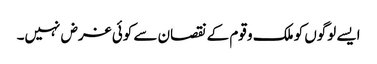
ایسے لوگوں کو ملک و قوم کے نقصان سے کوئی غرض نہیں۔